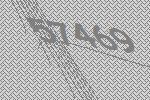
57469